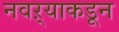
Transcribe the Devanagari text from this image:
नवऱ्याकडून